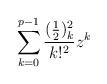
LaTeX: \begin{gather*}\sum_{k=0}^{p-1}\frac{(\frac12)_k^2}{k!^2} z^k\end{gather*}